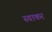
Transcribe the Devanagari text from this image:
स्वाकर